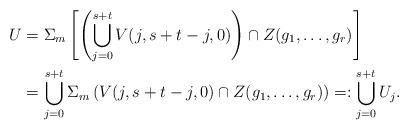
LaTeX: \begin{align*}U & = \Sigma_{m} \left[ \left(\bigcup_{j=0}^{s+t} V(j,s+t-j,0) \right)\cap Z( g_{1},\dots,g_{r} ) \right] \\ & = \bigcup_{j=0}^{s+t} \Sigma_{m} \left( V(j,s+t-j,0) \cap Z( g_{1},\dots,g_{r} ) \right) =: \bigcup_{j=0}^{s+t} U_{j}.\end{align*}